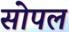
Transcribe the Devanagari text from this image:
सोपल